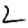
Digit: 2